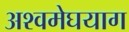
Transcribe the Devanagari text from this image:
अश्वमेघयाग